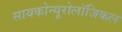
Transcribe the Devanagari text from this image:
सायकोन्यूरोलॉजिकल